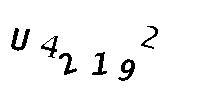
U42192